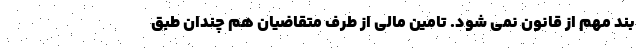
بند مهم از قانون نمی شود. تامین مالی از طرف متقاضیان هم چندان طبق